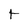
Character: t